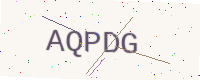
Text: AQPDG